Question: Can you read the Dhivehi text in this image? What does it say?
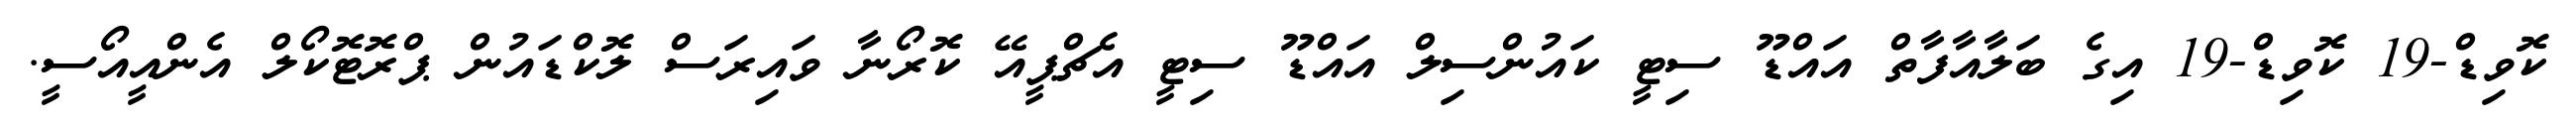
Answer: ކޮވިޑް-19 ކޮވިޑް-19 އިގެ ބަލާއާފާތް އައްޑޫ ސިޓީ ކައުންސިލް އައްޑޫ ސިޓީ އެޗްޕީއޭ ކޮރޯނާ ވައިރަސް ލޮކްޑައުން ޕްރޮޓޮކޯލް އެންއީއޯސީ.